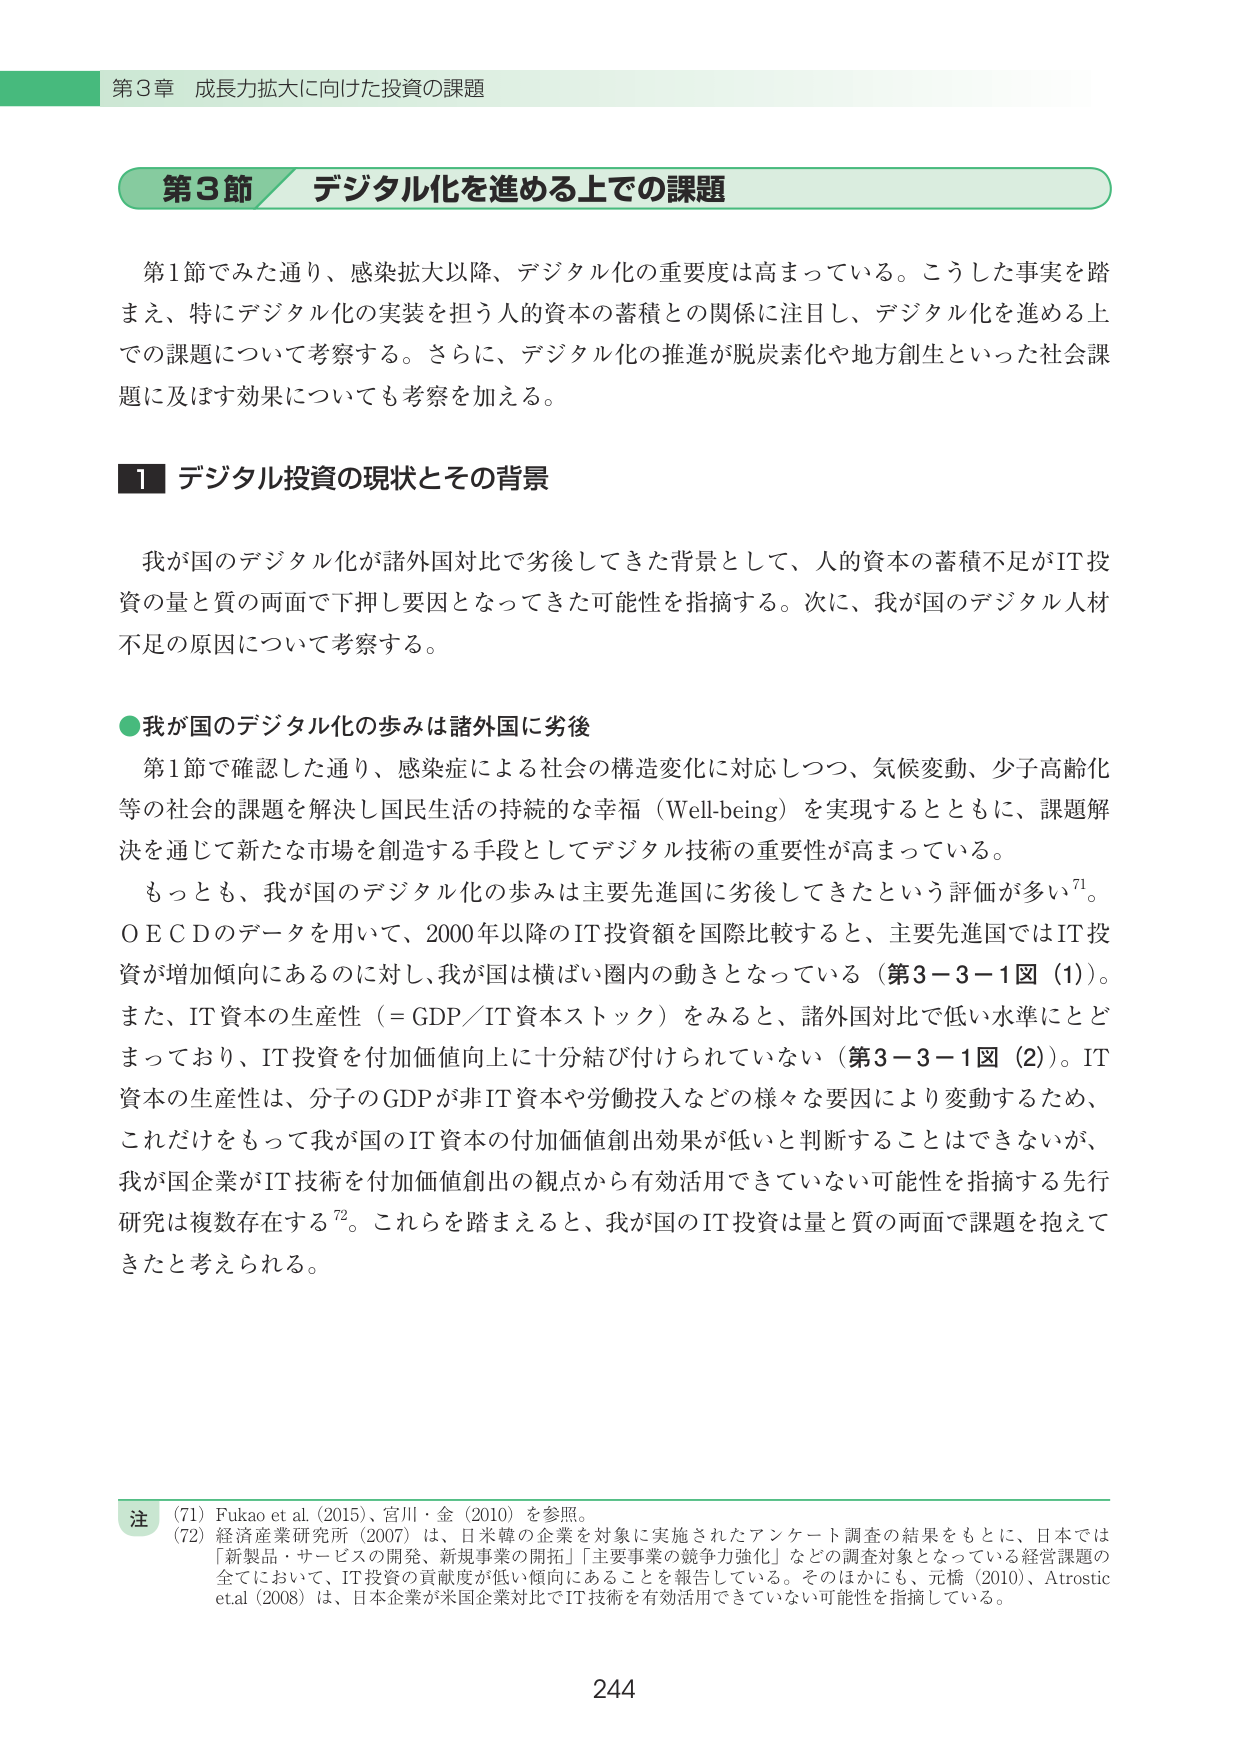
第3章 成長力拡大に向けた投資の課題

第3節 デジタル化を進める上での課題

第1節でみた通り、感染拡大以降、デジタル化の重要度は高まっている。こうした事実を踏まえ、特にデジタル化の実装を担う人的資本の蓄積との関係に注目し、デジタル化を進める上での課題について考察する。さらに、デジタル化の推進が脱炭素化や地方創生といった社会課題に及ぼす効果についても考察を加える。

1 デジタル投資の現状とその背景

我が国のデジタル化が諸外国対比で劣後してきた背景として、人的資本の蓄積不足がIT投資の量と質の両面で下押し要因となってきた可能性を指摘する。次に、我が国のデジタル人材不足の原因について考察する。

●我が国のデジタル化の歩みは諸外国に劣後

第1節で確認した通り、感染症による社会の構造変化に対応しつつ、気候変動、少子高齢化等の社会的課題を解決し国民生活の持続的な幸福（Well-being）を実現するとともに、課題解決を通じて新たな市場を創造する手段としてデジタル技術の重要性が高まっている。

もっとも、我が国のデジタル化の歩みは主要先進国に劣後してきたという評価が多い⁷¹。ＯＥＣＤのデータを用いて、2000年以降のIT投資額を国際比較すると、主要先進国ではIT投資が増加傾向にあるのに対し、我が国は横ばい圏内の動きとなっている（第3－3－1図（1））。また、IT資本の生産性（＝GDP／IT資本ストック）をみると、諸外国対比で低い水準にとどまっており、IT投資を付加価値向上に十分結び付けられていない（第3－3－1図（2））。IT資本の生産性は、分子のGDPが非IT資本や労働投入などの様々な要因により変動するため、これだけをもって我が国のIT資本の付加価値創出効果が低いと判断することはできないが、我が国企業がIT技術を付加価値創出の観点から有効活用できていない可能性を指摘する先行研究は複数存在する⁷²。これらを踏まえると、我が国のIT投資は量と質の両面で課題を抱えてきたと考えられる。

注
(71) Fukao et al. (2015)、宮川・金（2010）を参照。
(72) 経済産業研究所（2007）は、日米韓の企業を対象に実施されたアンケート調査の結果をもとに、日本では「新製品・サービスの開発、新規事業の開拓」「主要事業の競争力強化」などの調査対象となっている経営課題の全てにおいて、IT投資の貢献度が低い傾向にあることを報告している。そのほかにも、元橋（2010）、Atrostic et al. (2008) は、日本企業が米国企業対比でIT技術を有効活用できていない可能性を指摘している。

244